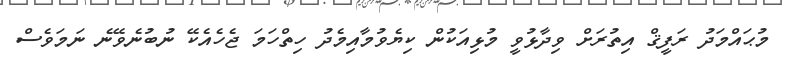
މުޙައްމަދު ރަފީޤް އިތުރަށް ވިދާޅުވީ މުޅިއަކުން ކިޔެވުމާއިމެދު ހިތްހަމަ ޖެހެއެކޭ ނުބުނެވޭނެ ނަމަވެސް